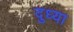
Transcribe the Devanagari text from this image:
दुध्या